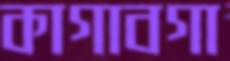
কাগাবগা